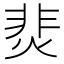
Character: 𩇭